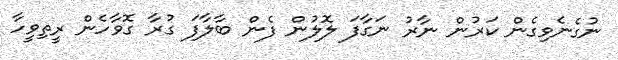
ނުގެނެވިގެން ކަރުން ނާރު ނަގާފަ ލޮލުން ފެން ބާލާފަ ގުރާ ގޮވާހެން ރީތިވީހާ